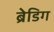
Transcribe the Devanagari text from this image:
ब्रेडिग